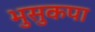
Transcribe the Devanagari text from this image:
भुसुकपा